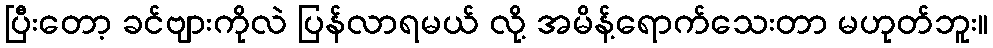
ပြီးတော့ ခင်ဗျားကိုလဲ ပြန်လာရမယ် လို့ အမိန့်ရောက်သေးတာ မဟုတ်ဘူး။